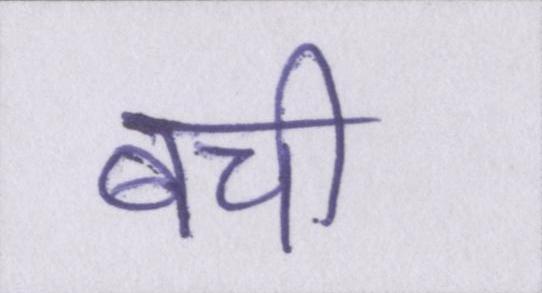
बची